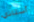
أستاذي